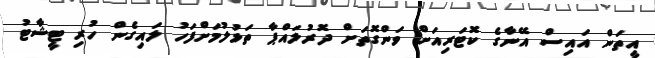
އީތަން އައިސް އޭނާގެ ކޮޓަރިއަށް ވަންގޮތަށް ދޮރުލައްޕާ ތަޅުލުމަށްފަހު ލައިގެން ހުރި ޓީޝާޓު